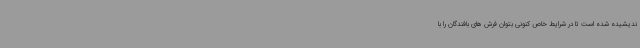
ندیشیده شده است تا در شرایط خاص کنونی بتوان فرش های بافندگان را با